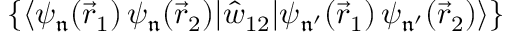
\{ \langle \psi _ { \mathfrak { n } } ( \vec { r } _ { 1 } ) \, \psi _ { \mathfrak { n } } ( \vec { r } _ { 2 } ) | \hat { w } _ { 1 2 } | \psi _ { \mathfrak { n ^ { \prime } } } ( \vec { r } _ { 1 } ) \, \psi _ { \mathfrak { n ^ { \prime } } } ( \vec { r } _ { 2 } ) \rangle \}